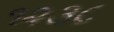
૧૨૩૮